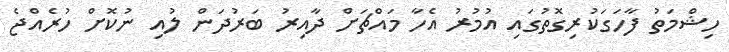
ހިޝްމަތު ފާހަގަކުރިގޮތުގައި އުމުރު އެހާ މައްޗަށް ދާއިރު ބަރުދަން ލުއި ނުކޮށް ހުރެއްޖެ